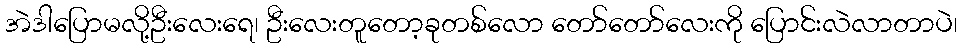
အဲဒါပြောမလို့ဦးလေးရေ၊ ဦးလေးတူတော့ခုတစ်လော တော်တော်လေးကို ပြောင်းလဲလာတာပဲ၊